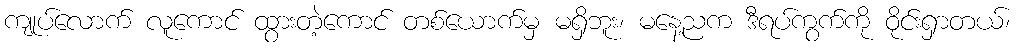
ကျုပ်လောက် လူကောင် ထွားတဲ့ကောင် တစ်ယောက်မှ မရှိဘူး၊ မနေ့ညက ဒီရပ်ကွက်ကို ဝိုင်းရှာတယ်၊